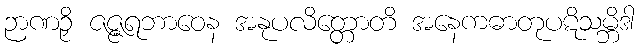
ဉာဏဉှိ ဇဇ္ဇရဘာဝေန အနုပလိတ္တောတိ အနေကဓာတုပဋိသမ္ဘိဒါ